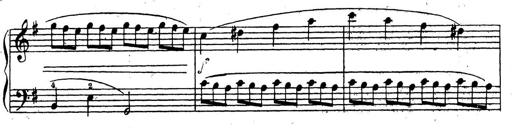
Title: 10 Sonatinas
Composer: Fritz Spindler